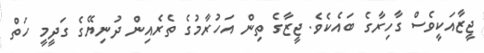
ޖީޒާއަކީވެސް ގާހިރާގެ ބައެކެވެ. ޖީޒާގެ ތިން އަހުރާމުގެ ތެރެއިން ދުނިޔޭގެ ގަދީމީ ހަތް